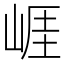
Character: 崕